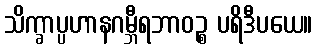
သိက္ခာပ္ပဟာနဂမ္ဘီရဘာဝဉ္စ ပရိဒီပယေ။